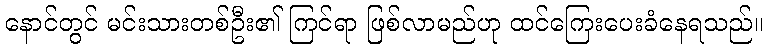
နောင်တွင် မင်းသားတစ်ဦး၏ ကြင်ရာ ဖြစ်လာမည်ဟု ထင်ကြေးပေးခံနေရသည်။